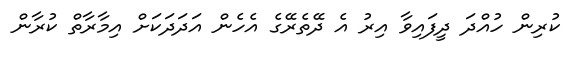
ކުރިން ހުއްދަ ދީފައިވާ އިރު އެ ދޭތެރޭގެ އެހެން އަދަދަކަށް އިމާރާތް ކުރާން